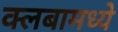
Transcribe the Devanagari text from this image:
क्लबामध्ये